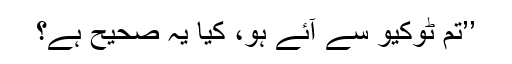
’’تم ٹوکیو سے آئے ہو، کیا یہ صحیح ہے؟